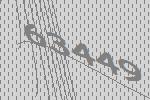
63449